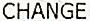
CHANGE